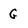
Character: G